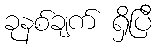
ခုနစ်ချက် ရှိပြီ